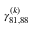
\gamma _ { 8 1 , 8 8 } ^ { ( k ) }